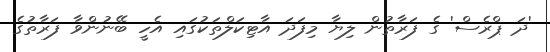
'ދަ ޕްރެސް' ގެ ފަރާތުން ލިޔާ މިފަދަ އާޓިކަލްތަކުގައި އެހީ ބޭނުންވާ ފަރާތުގެ